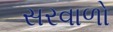
સરવાળો